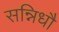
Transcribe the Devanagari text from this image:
सन्निधौ